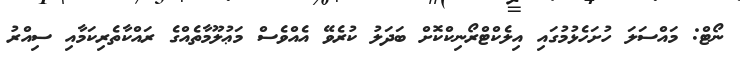
ނޯޓް: މައްސަލަ ހުށަހެޅުމުގައި އިލެކްޓްރޯނިކްކޮށް ބަދަލު ކުރެވޭ އެއްވެސް މަޢުލޫމާތެއްގެ ރައްކާތެރިކަމާއި ސިއްރު